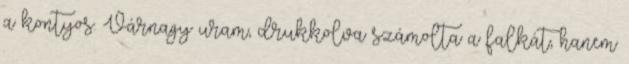
a kontyos. Várnagy uram, drukkolva számolta a falkát, hanem